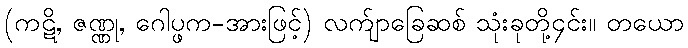
(ကဋိ, ဇဏ္ဏု, ဂေါပ္ဖက-အားဖြင့်) လက်ျာခြေဆစ် သုံးခုတို့၄င်း။ တယော